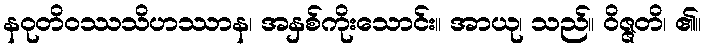
နဝုတိဝဿသိဟဿာန၊ အနှစ်ကိုးသောင်း။ အာယု၊ သည်။ ဝိဇ္ဇတိ၊ ၏။